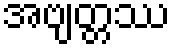
အဗျတ္တဿ